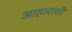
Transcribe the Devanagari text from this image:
आहाराशी